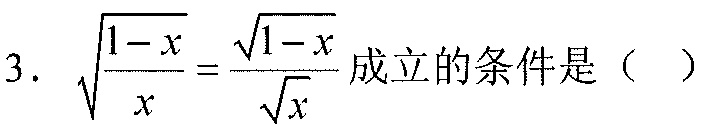
3. $\sqrt{\frac{1 - x}{x}}=\frac{\sqrt{1 - x}}{\sqrt{x}}$成立的条件是（  ）